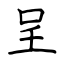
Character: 呈